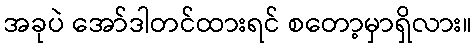
အခုပဲ အော်ဒါတင်ထားရင် စတော့မှာရှိလား။